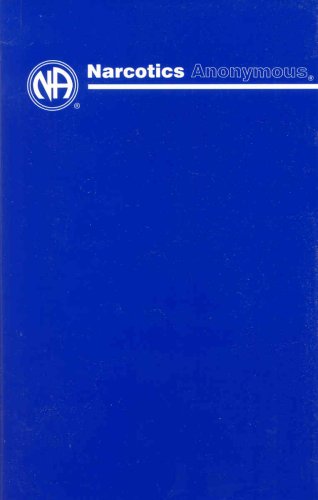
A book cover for Narcotics Anonymous; Health, Fitness & Dieting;